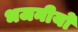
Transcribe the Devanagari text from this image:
भजनीयो